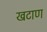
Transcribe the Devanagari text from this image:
खटाण